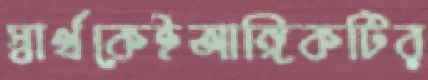
স্বার্থকেইআঙ্গিকটির